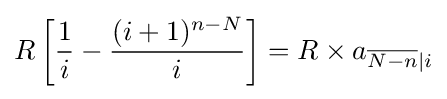
R\left[{\frac {1}{i}}-{\frac {(i+1)^{n-N}}{i}}\right]=R\times a_{{\overline {N-n}}|i}